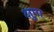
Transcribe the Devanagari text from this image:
क्षुमा